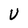
Character: U